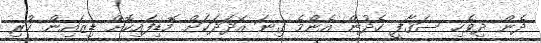
ދެން ދިވެހި ސަޤާފީ ހެދުން އެންމެ ގިނަ އަދަދަކަށް މޮޑިފައިކޮށް ޑިޒައިން ކުރި